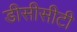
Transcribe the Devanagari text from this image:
डीसीसीटी